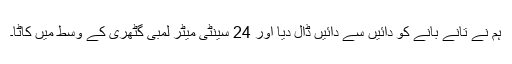
ہم نے تانے بانے کو دائیں سے دائیں ڈال دیا اور 24 سینٹی میٹر لمبی گٹھری کے وسط میں کاٹا۔